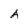
Character: A